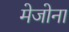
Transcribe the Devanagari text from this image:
मेजोना